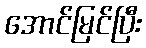
အောင်မြင်ပြီး